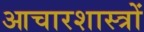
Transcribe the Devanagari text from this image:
आचारशास्त्रों